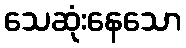
သေဆုံးနေသော